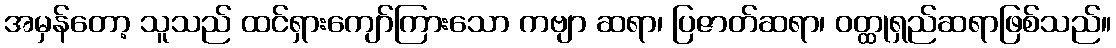
အမှန်တော့ သူသည် ထင်ရှားကျော်ကြားသော ကဗျာ ဆရာ၊ ပြဇာတ်ဆရာ၊ ဝတ္ထုရှည်ဆရာဖြစ်သည်။